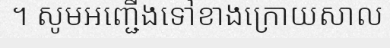
។ សូមអញ្ជើងទៅខាងក្រោយសាល